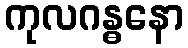
ကုလဂန္ဓနော